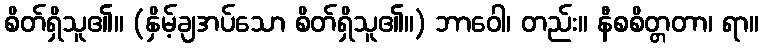
စိတ်ရှိသူ၏။ (နှိမ့်ချအပ်သော စိတ်ရှိသူ၏။) ဘာဝေါ၊ တည်း။ နီစစိတ္တတာ၊ ရာ။